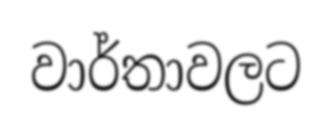
වාර්තාවලට